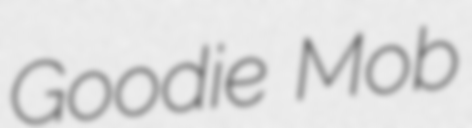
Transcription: Goodie Mob